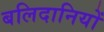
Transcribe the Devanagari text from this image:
बलिदानियों